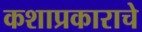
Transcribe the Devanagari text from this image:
कशाप्रकाराचे